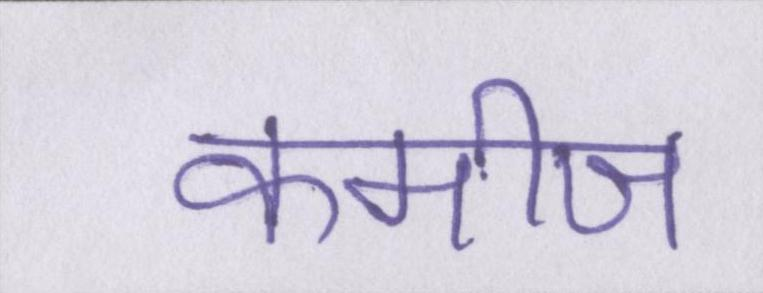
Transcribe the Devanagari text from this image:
कमीज